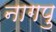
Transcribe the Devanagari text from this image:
नागपु